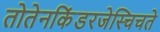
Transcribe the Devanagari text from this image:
तोतेनकिंडरजेस्चिचते